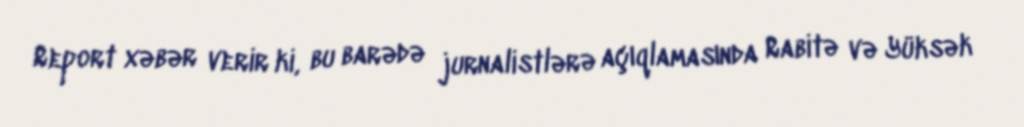
Report xəbər verir ki, bu barədə jurnalistlərə açıqlamasında Rabitə və Yüksək